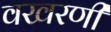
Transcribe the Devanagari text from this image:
वखरणी